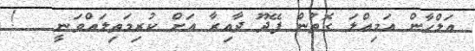
އަލްހާން އަމިއްލަ ގޮތުން ފޭދޫ ދާއިރާ އަށް ކުރިމަތިލައްވަނީ   !